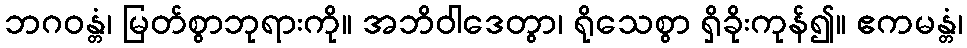
ဘဂဝန္တံ၊ မြတ်စွာဘုရားကို။ အဘိဝါဒေတွာ၊ ရိုသေစွာ ရှိခိုးကုန်၍။ ဧကမန္တံ၊